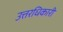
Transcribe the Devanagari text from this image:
उत्तरधिकारी